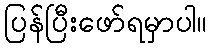
ပြန်ပြီးဖော်ရမှာပါ။